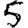
Digit: 5